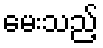
မေးသည့်